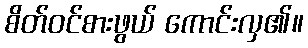
စိတ်ဝင်စားဖွယ် ကောင်းလှ၏။